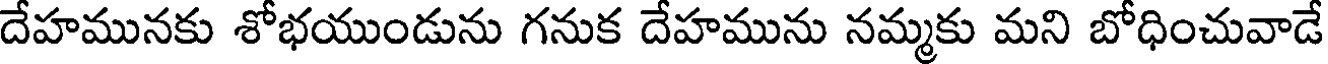
దేహమునకు శోభయుండును గనుక దేహమును నమ్మకు మని బోధించువాడే